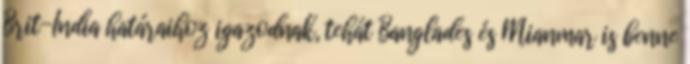
Brit-India határaihoz igazodnak, tehát Banglades és Mianmar is benne